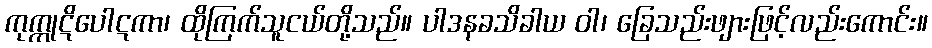
ကုက္ကုဋိပေါဋကာ၊ ထိုကြက်သူငယ်တို့သည်။ ပါဒနခသိခါယ ဝါ၊ ခြေသည်းဖျားဖြင့်လည်းကောင်း။